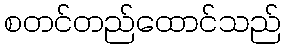
စတင်တည်ထောင်သည်